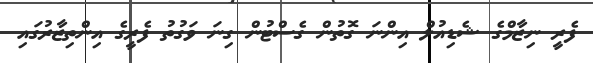
ފެރީ ނިޒާމްގެ ޝެޑިއުލް އިންނަ ގޮތުން ގެސްޓުން ގިނަ ވަގުތު ފެރީގެ އިންތިޒާރުގައި